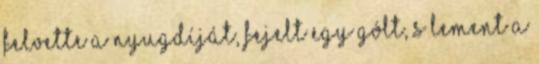
felvette a nyugdíját, fejelt egy gólt, s lement a